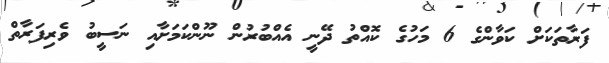
ފަރާތަކަށް ކަވާންގެ 6 މަހުގެ ކޮއްތު ދޭނީ އެއްބުރުން ނޫންކަމަށާއި ނަސީބު ވެރިފަރާތް